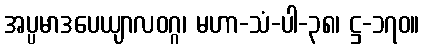
အပ္ပမာဒပေယျာလဝဂ္ဂ၊ မဟာ-သံ-ပါ-၃၈၊ ဋ္ဌ-၁၇၀။